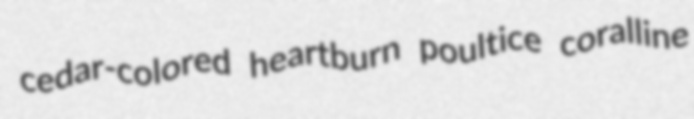
cedar-colored heartburn poultice coralline